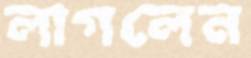
লাগলেন